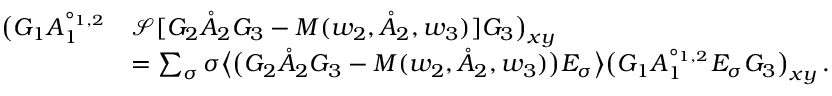
\begin{array} { r l } { \big ( G _ { 1 } A _ { 1 } ^ { \circ _ { 1 , 2 } } } & { \mathcal { S } [ G _ { 2 } \mathring { A } _ { 2 } G _ { 3 } - M ( w _ { 2 } , \mathring { A } _ { 2 } , w _ { 3 } ) ] G _ { 3 } \big ) _ { \boldsymbol { x } \boldsymbol { y } } } \\ & { = \sum _ { \sigma } \sigma \big \langle \big ( G _ { 2 } \mathring { A } _ { 2 } G _ { 3 } - M ( w _ { 2 } , \mathring { A } _ { 2 } , w _ { 3 } ) \big ) E _ { \sigma } \big \rangle \big ( G _ { 1 } A _ { 1 } ^ { \circ _ { 1 , 2 } } E _ { \sigma } G _ { 3 } \big ) _ { \boldsymbol { x } \boldsymbol { y } } \, . } \end{array}